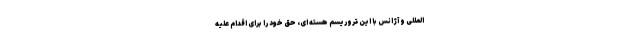
المللی و آژانس با این تروریسم هسته ای، حق خود را برای اقدام علیه